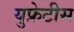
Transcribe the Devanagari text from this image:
युफ्रेटीस